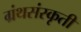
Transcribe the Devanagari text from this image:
ग्रंथसंस्‍कृती